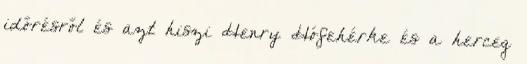
időrésről és azt hiszi Henry Hófehérke és a herceg